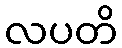
လပတိ